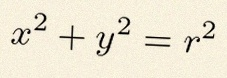
x^2+y^2=r^2